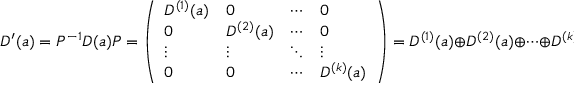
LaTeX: D ^ { \prime } ( a ) = P ^ { - 1 } D ( a ) P = { \left( \begin{array} { l l l l } { D ^ { ( 1 ) } ( a ) } & { 0 } & { \cdots } & { 0 } \\ { 0 } & { D ^ { ( 2 ) } ( a ) } & { \cdots } & { 0 } \\ { \vdots } & { \vdots } & { \ddots } & { \vdots } \\ { 0 } & { 0 } & { \cdots } & { D ^ { ( k ) } ( a ) } \end{array} \right) } = D ^ { ( 1 ) } ( a ) \oplus D ^ { ( 2 ) } ( a ) \oplus \cdots \oplus D ^ { ( k ) } ( a ) ,